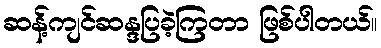
ဆန့်ကျင်ဆန္ဒပြခဲ့ကြတာ ဖြစ်ပါတယ်။